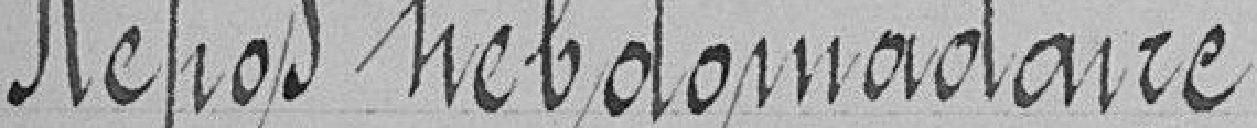
Repos hebdomadaire.